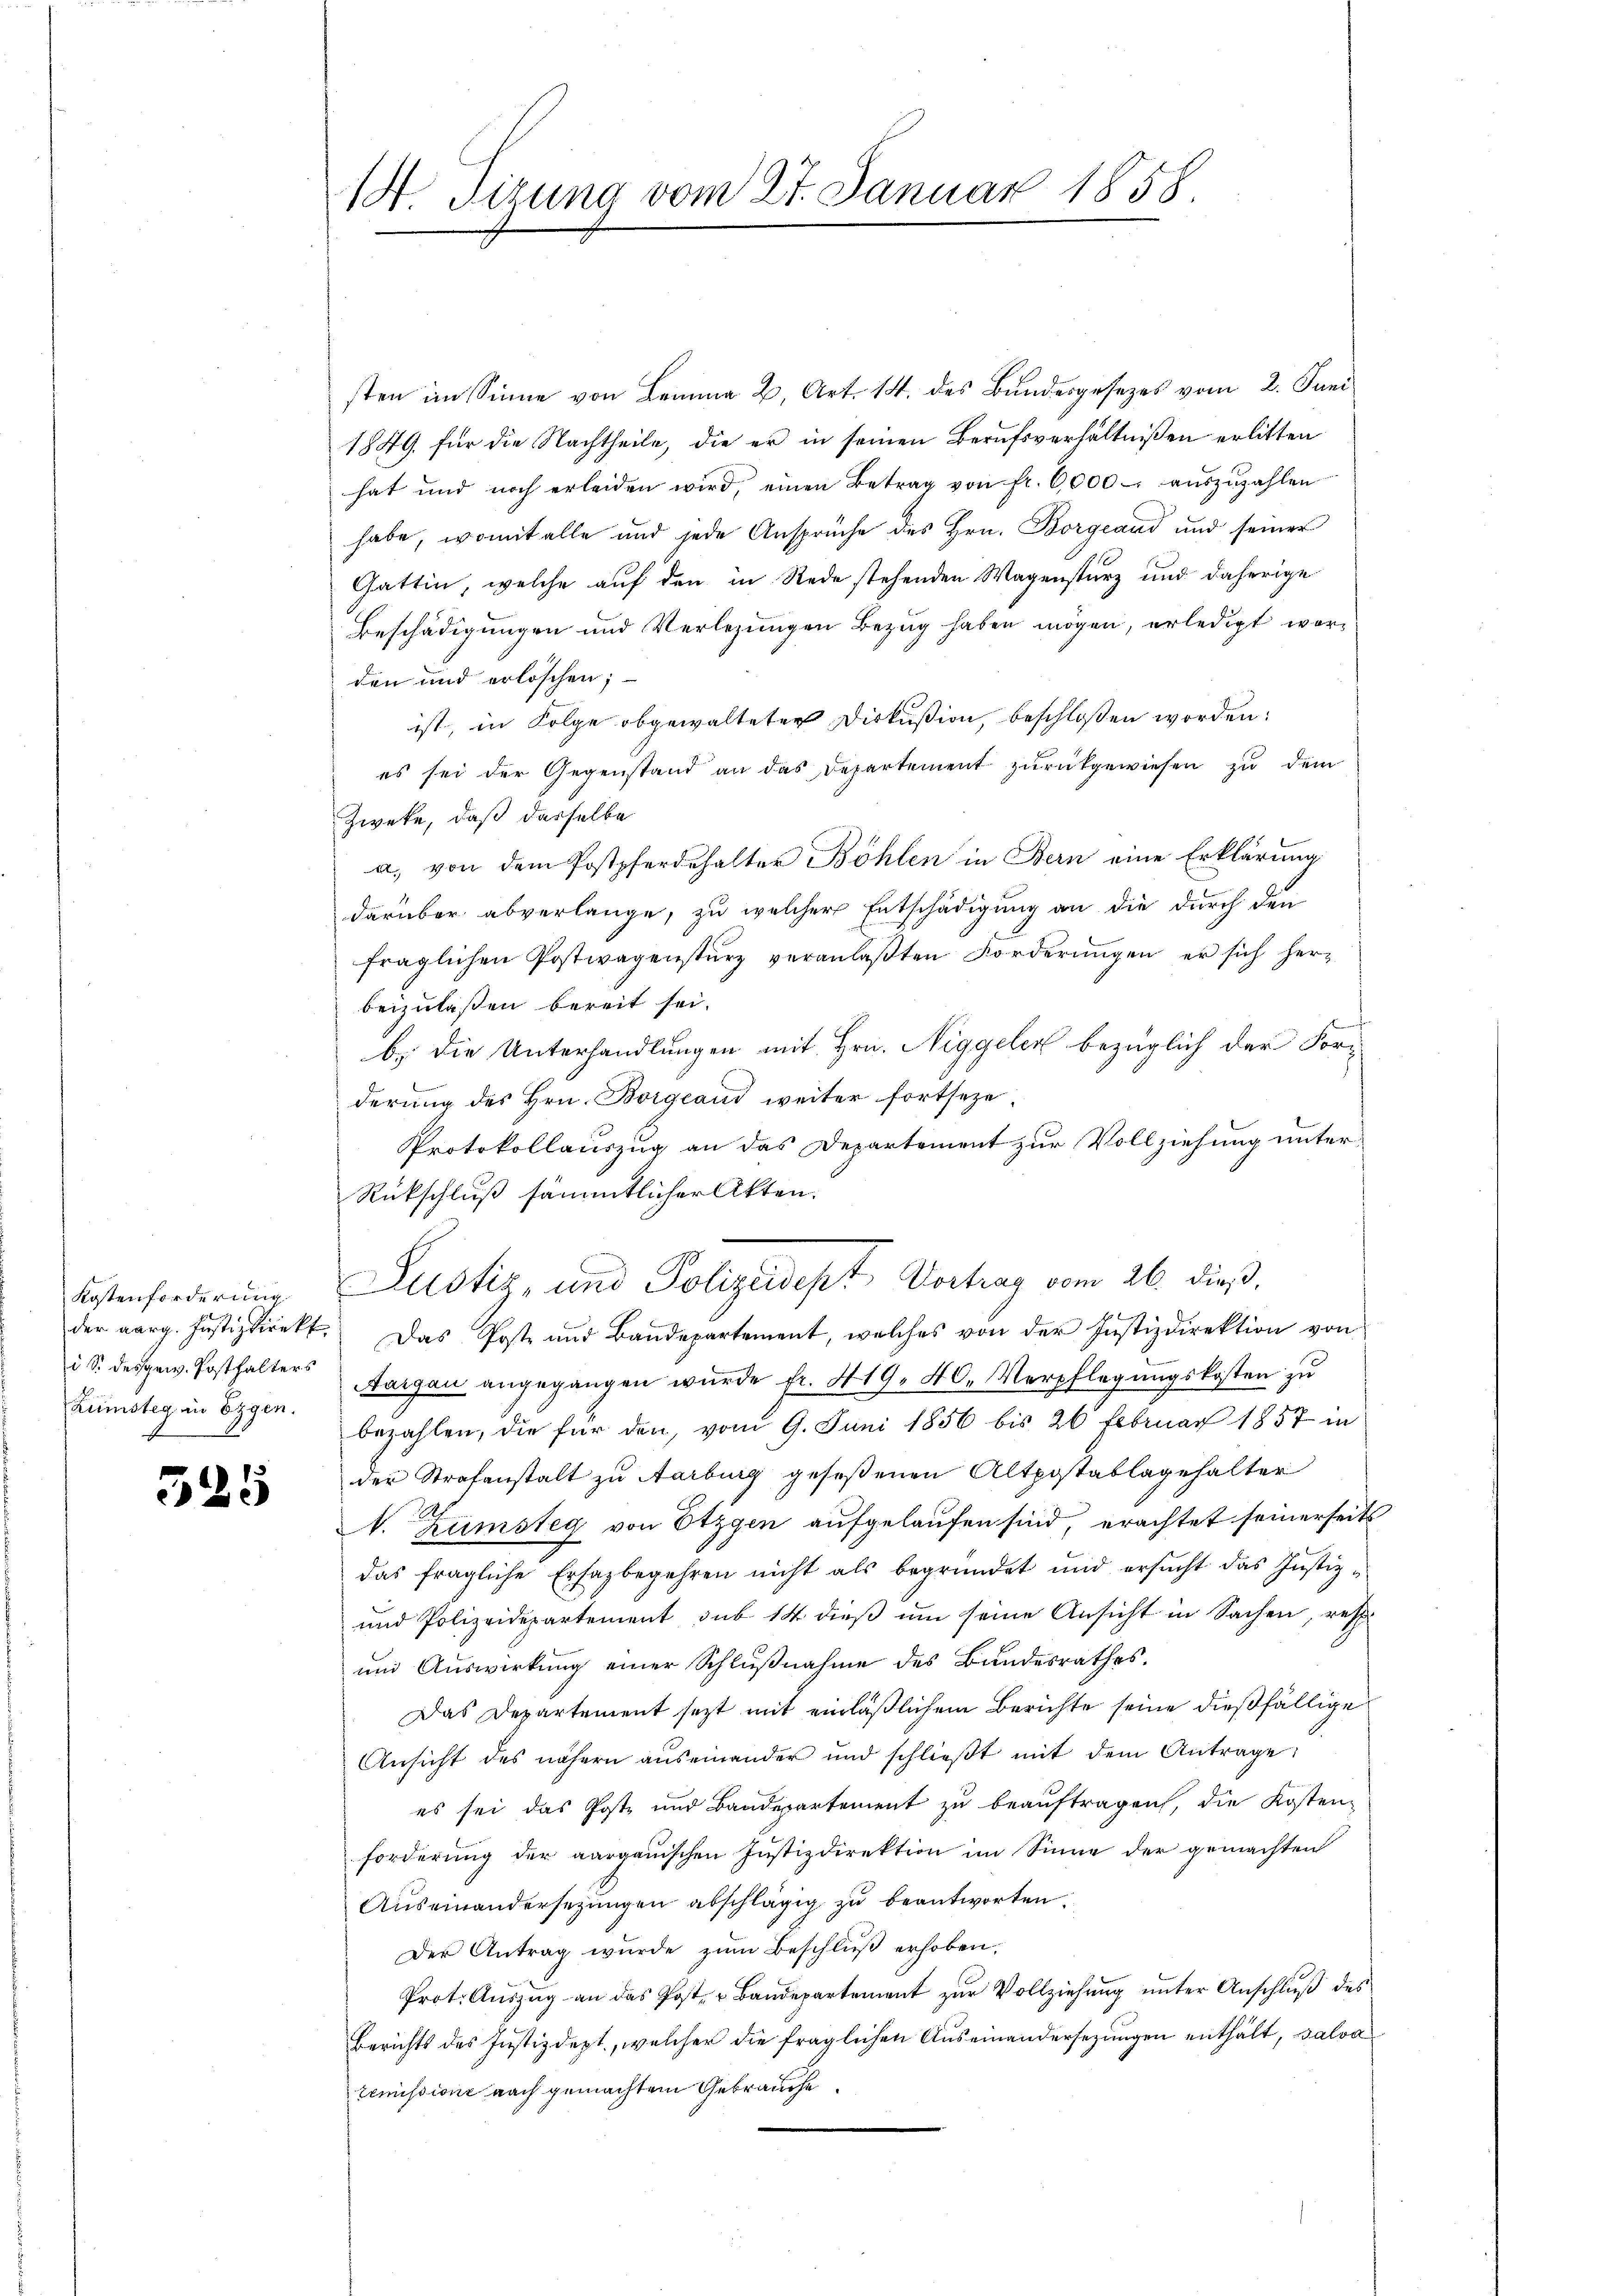
Kostenforderung
Zünsteg in Ergen.

525

sten im Sinne von Lemma 2, Art. 14. des Bundesgesezes vom 2. Juni
1849. für die Nachtheile, die er in seinen Berufsverhältnißen erlitten
hat und noch erleiden wird, einen Betrag von fr. 6000. aŭszŭzahlen
habe, womit alle und jede Ansprüche des Hrn. Borgeand und seiner
Gattin, welche auf den in Rede stehenden Wagensturz und daherige
Beschädigungen und Verlegungen Bezug haben mögen, erledigt worden und erlöschen;
ist, in Folge abgewalteter Diskußion, beschloßen worden:
es sei der Gegenstand an das Departement zurückgewiesen zu dem
Zweke, daß dasselbe
a, von dem Postpferdehalter Böhlen in Bern eine Erklärung
darüber abverlange, zu welcher Entschädigung an die durch den
fraglichen Postwagensturz veranlaβten Forderŭngen er sich her-
beizulaßen bereit sei.
d
b. Die Unterhandlungen mit Hrn. Niggeler bezüglich der Forderung des Hrn. Borgeand weiter fortseze
Protokollauszug an das Departement zur Vollziehung unter¬
Rückschluß sämmtlicher Akten.
Justiz- und Polizeidept Vortrag vom 26. dieß,
der aarg. Justizdirekt. Das Poste und Bandepartement, welches von der Justizdirektion von
i S. des gew. Posthalter Aargau angegangen wŭrde fr. 419. 40. Verpflegŭngskosten zu
bezahlen, die für den, vom 9. Juni 1856 bis 26 Februar 1857 in
der Strafanstalt zu Aarburg geseßenen Altpostablagehalter
N. Zumsteg von Etzgen aufgelaufen sind, erachtet seinerseits
das fragliche Ersazbegehren nicht als begründet und ersŭcht das Justiz-
und Polizeidepartement sub 14 dieß um seine Ansicht in Sachen, resp
und Auswirkung einer Schlŭβnahme des Bundesrathes.
Das Departement sezt mit einläßlichem Berichte seine dießfällige
Ansicht des nähern auseinander und schlieβt mit dem Antrage:
es sei das Poste und Bandepartement zu beauftragen, die Kosten-
forderung der aargauischen Justizdirektion im Sinne der gemachten
Aŭseinandersetzŭngen abschlägig zŭ beantworten.
Der Antrag wurde zŭm Beschlŭβ erhoben,
Prot. Aŭszŭg an das Post- u Baŭdepartement zŭr Vollziehŭng ŭnter Anschlŭβ des
Berichts des Justizdept., welcher die fraglichen Auseinandersezungen enthält, salva
zemissione nach gemachtem Gebrauche.

14. Tizung vom 27. Januar 1858.